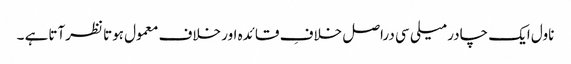
ناول ایک چادر میلی سی دراصل خلافِ قائدہ اور خلاف معمول ہوتا نظرآتاہے ۔